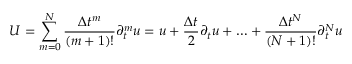
U = \sum _ { m = 0 } ^ { N } \frac { \Delta t ^ { m } } { ( m + 1 ) ! } \partial _ { t } ^ { m } u = u + \frac { \Delta t } { 2 } \partial _ { t } u + \ldots + \frac { \Delta t ^ { N } } { ( N + 1 ) ! } \partial _ { t } ^ { N } u